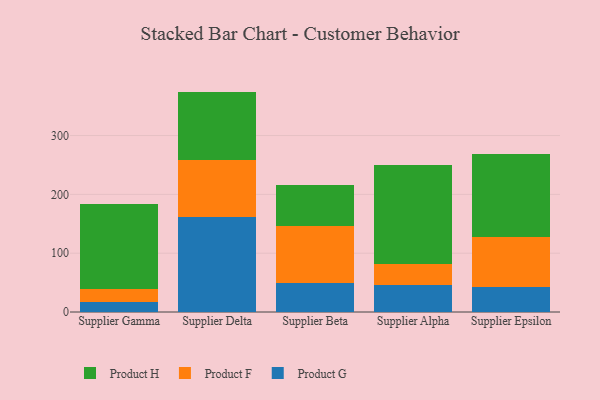
{"axis": {"x": "Supplier", "y": "Active Users"}, "legend": ["Product F", "Product G", "Product H"], "data": [{"x": "Supplier Gamma", "y": 17.7, "type": "Product G"}, {"x": "Supplier Gamma", "y": 21.9, "type": "Product F"}, {"x": "Supplier Gamma", "y": 143.5, "type": "Product H"}, {"x": "Supplier Delta", "y": 162.1, "type": "Product G"}, {"x": "Supplier Delta", "y": 97.1, "type": "Product F"}, {"x": "Supplier Delta", "y": 115.5, "type": "Product H"}, {"x": "Supplier Beta", "y": 49.4, "type": "Product G"}, {"x": "Supplier Beta", "y": 97.0, "type": "Product F"}, {"x": "Supplier Beta", "y": 68.9, "type": "Product H"}, {"x": "Supplier Alpha", "y": 46.7, "type": "Product G"}, {"x": "Supplier Alpha", "y": 35.4, "type": "Product F"}, {"x": "Supplier Alpha", "y": 167.8, "type": "Product H"}, {"x": "Supplier Epsilon", "y": 42.2, "type": "Product G"}, {"x": "Supplier Epsilon", "y": 84.8, "type": "Product F"}, {"x": "Supplier Epsilon", "y": 141.2, "type": "Product H"}]}